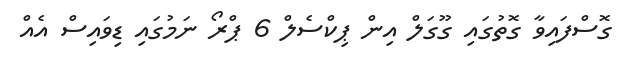
ގޮސްފައިވާ ގޮތުގައި ގޫގަލް އިން ޕިކްސެލް 6 ޕްރޯ ނަމުގައި ޑިވައިސް އެއް